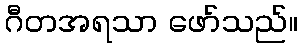
ဂီတအရသာ ဖော်သည်။